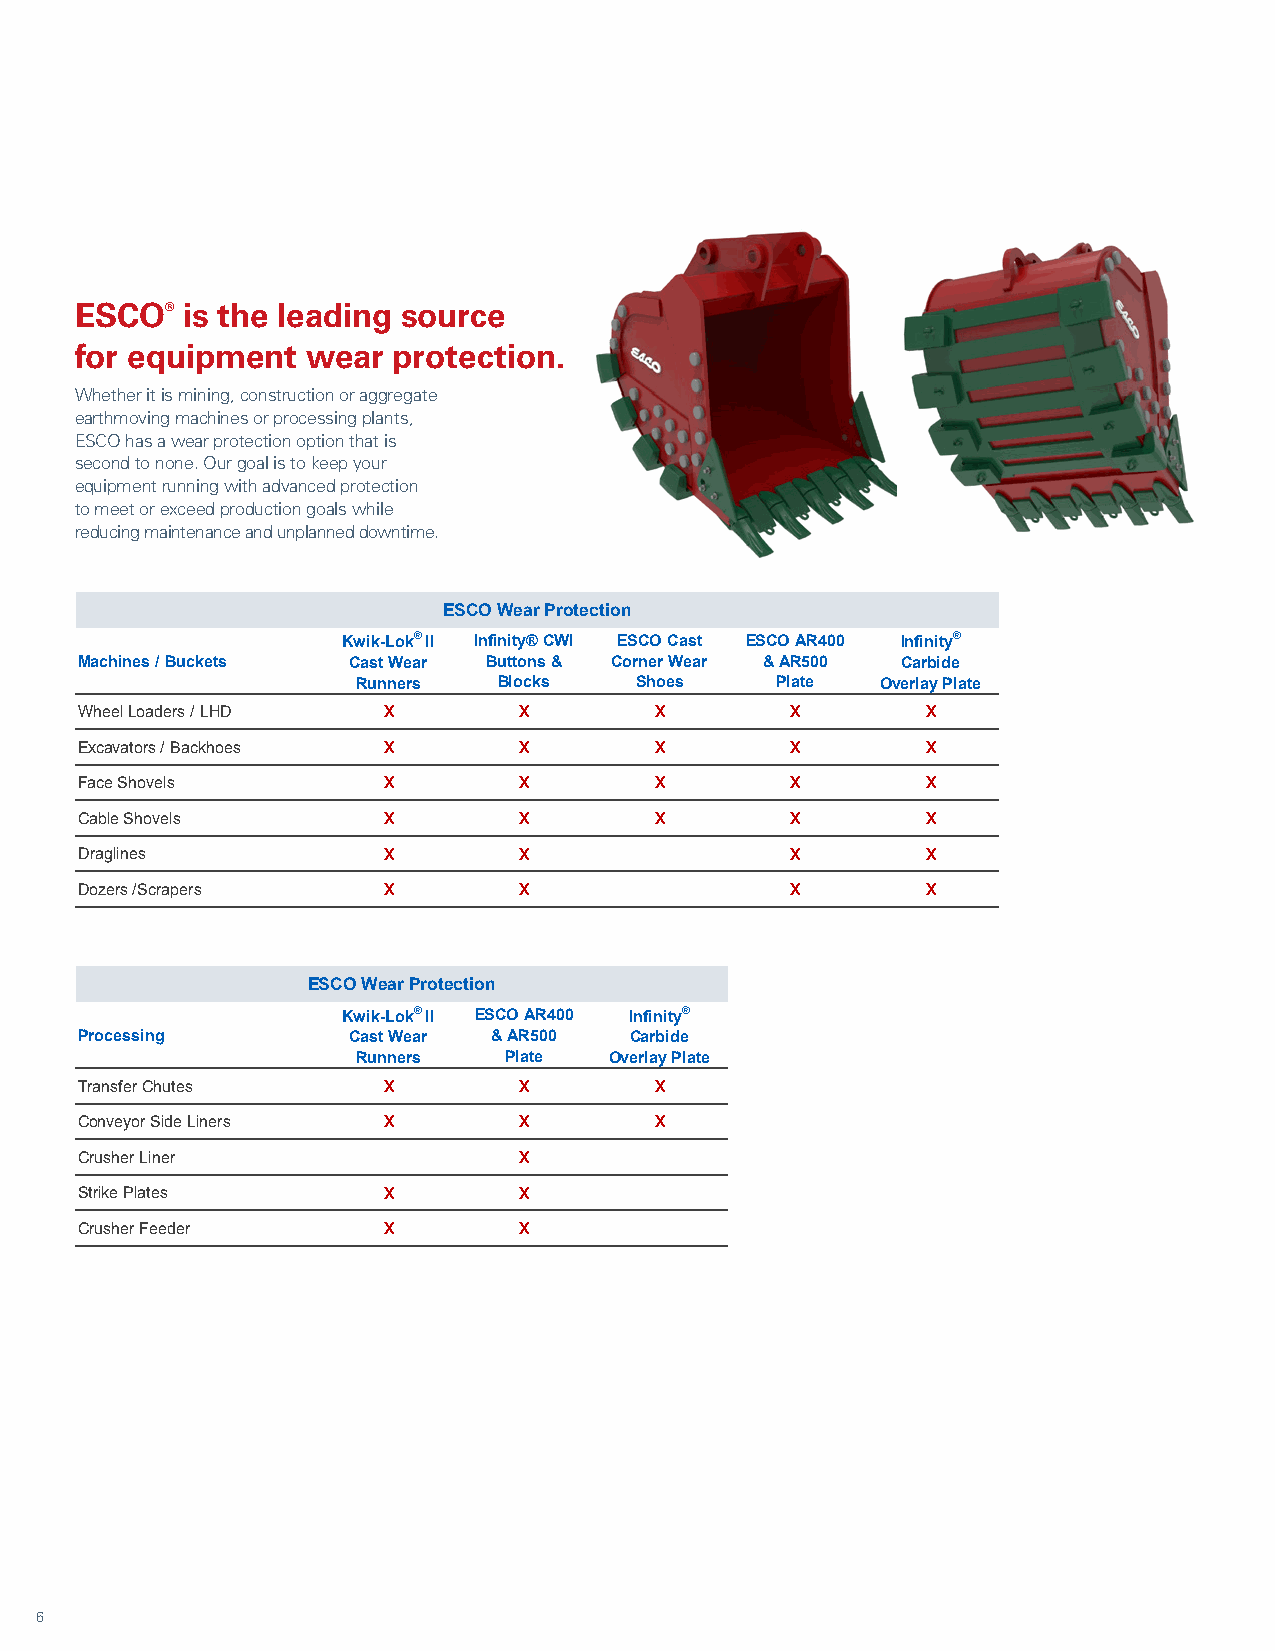
ESCO®  is the leading source
 for equipment  wear  protection.
 Whether it is mining, construction or aggregate
 earthmoving machines or processing plants,
 ESCO has a wear protection option that is
 second to none. Our goal is to keep your
 equipment running with advanced protection
 to meet or exceed production goals while
 reducing maintenance and unplanned downtime.
 ESCO Wear Protection
 Kwik-Lok® II Infinity® CWI ESCO Cast ESCO AR400 Infinity®
 Machines / Buckets Cast Wear Buttons & Corner Wear & AR500 Carbide
 Runners  Blocks   Shoes    Plate  Overlay Plate
 Wheel Loaders / LHD X        X        X        X        X
 Excavators / Backhoes X      X        X        X        X
 Face Shovels        X        X        X        X        X
 Cable Shovels       X        X        X        X        X
 Draglines           X        X                 X        X
 Dozers /Scrapers    X        X                 X        X
 ESCO Wear Protection
 Kwik-Lok® II ESCO AR400 Infinity®
 Processing        Cast Wear & AR500  Carbide
 Runners  Plate  Overlay Plate
 Transfer Chutes     X        X        X
 Conveyor Side Liners X       X        X
 Crusher Liner                X
 Strike Plates       X        X
 Crusher Feeder      X        X
 6